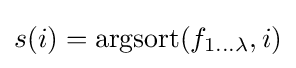
s(i)=\operatorname {argsort} (f_{1\ldots \lambda },i)